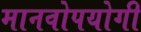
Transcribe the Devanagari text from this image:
मानवोपयोगी